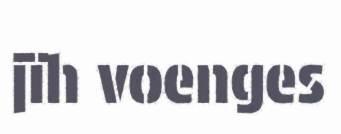
jïh voenges